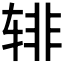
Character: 𰺎